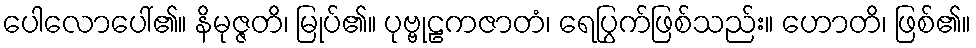
ပေါလောပေါ်၏။ နိမုဇ္ဇတိ၊ မြုပ်၏။ ပုဗ္ဗုဠကဇာတံ၊ ရေပြွက်ဖြစ်သည်း။ ဟောတိ၊ ဖြစ်၏။